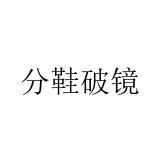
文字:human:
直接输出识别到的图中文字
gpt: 分鞋破镜